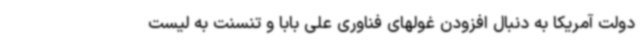
دولت آمریکا به دنبال افزودن غولهای فناوری علی بابا و تنسنت به لیست